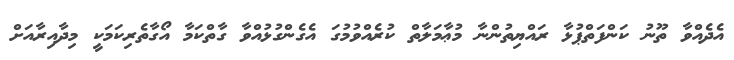
އެދެއްވާ ތޫނު ކަންފަތްޕުޅާ ރައްޔިތުންނާ މުޢާމަލާތް ކުރެއްވުމުގަ އެގެންގުޅުއްވާ ގާތްކަމާ އޯގާތެރިކަމަކީ މިދާއިރާއަށް